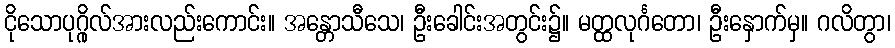
ငိုသောပုဂ္ဂိုလ်အားလည်းကောင်း။ အန္တောသီသေ၊ ဦးခေါင်းအတွင်း၌။ မတ္ထလုင်္ဂတော၊ ဦးနှောက်မှ။ ဂလိတွာ၊